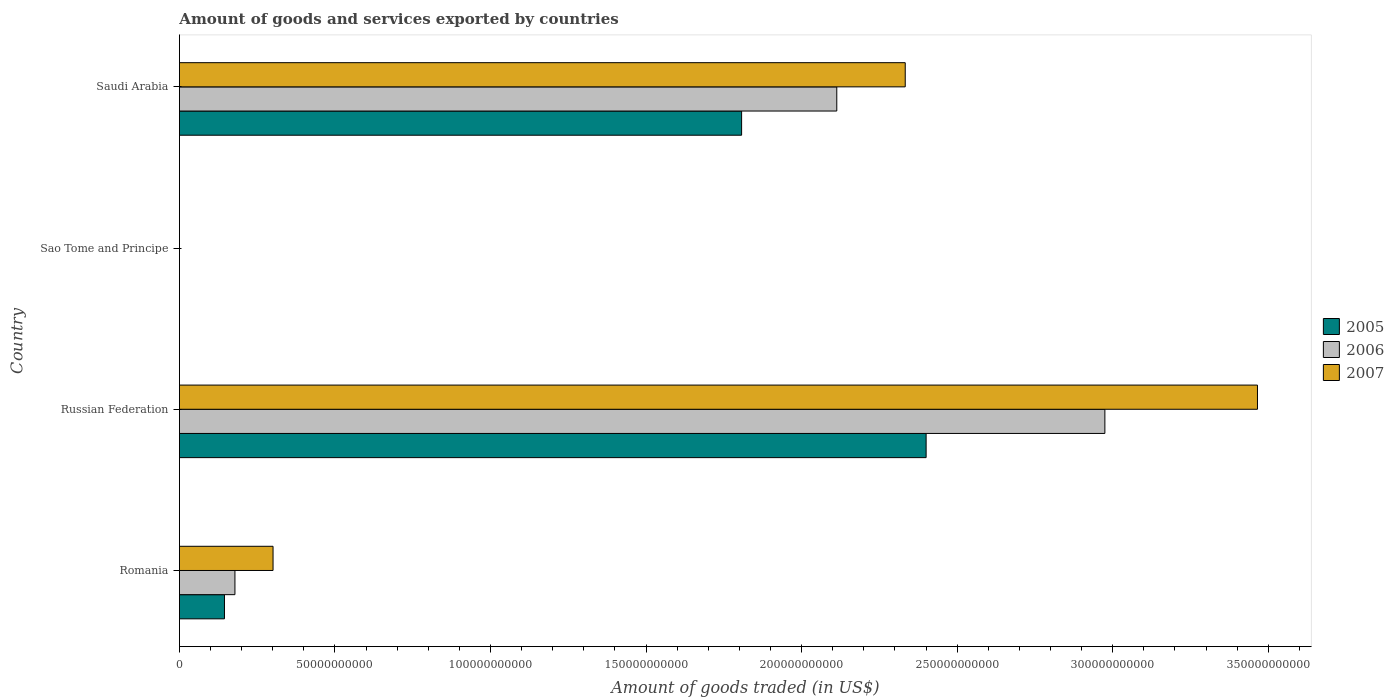
| Country | 2005 | 2006 | 2007 |
 | --- | --- | --- | --- |
 | Romania | 1.45e+10 | 1.78e+10 | 3.01e+10 |
 | Russian Federation | 2.4e+11 | 2.97e+11 | 3.47e+11 |
 | Sao Tome and Principe | 6.79e+06 | 7.71e+06 | 6.81e+06 |
 | Saudi Arabia | 1.81e+11 | 2.11e+11 | 2.33e+11 |